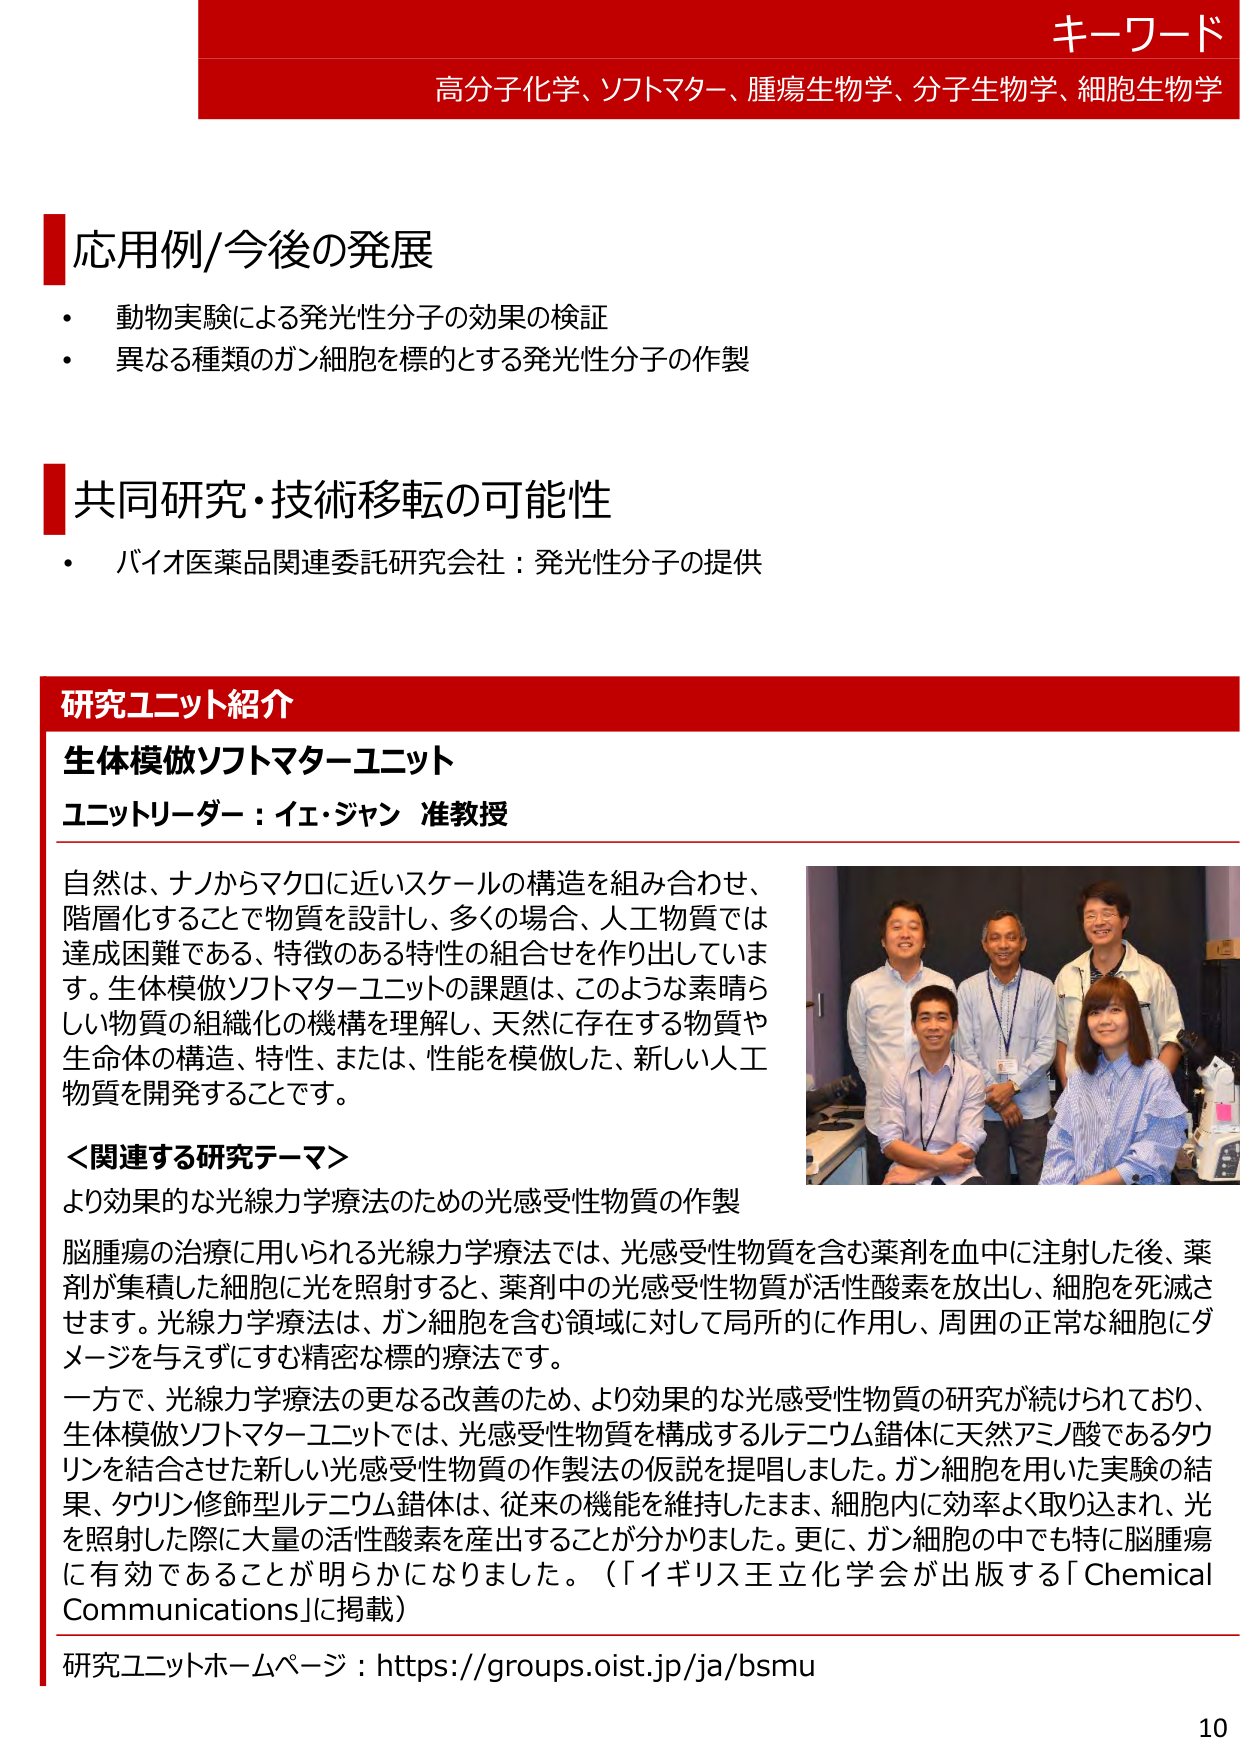
キーワード
高分子化学、ソフトマター、腫瘍生物学、分子生物学、細胞生物学

応用例/今後の発展
・ 動物実験による発光性分子の効果の検証
・ 異なる種類のガン細胞を標的とする発光性分子の作製

共同研究・技術移転の可能性
・ バイオ医薬品関連委託研究会社：発光性分子の提供

研究ユニット紹介
生体模倣ソフトマターユニット
ユニットリーダー：イェ・ジャン 准教授

自然は、ナノからマクロに近いスケールの構造を組み合わせ、
階層化することで物質を設計し、多くの場合、人工物質では
達成困難である、特徴のある特性の組合せを作り出していま
す。生体模倣ソフトマターユニットの課題は、このような素晴ら
しい物質の組織化の機構を理解し、天然に存在する物質や
生命体の構造、特性、または、性能を模倣した、新しい人工
物質を開発することです。

＜関連する研究テーマ＞
より効果的な光線力学療法のための光感受性物質の作製

脳腫瘍の治療に用いられる光線力学療法では、光感受性物質を含む薬剤を血中に注射した後、薬
剤が集積した細胞に光を照射すると、薬剤中の光感受性物質が活性酸素を放出し、細胞を死滅さ
せます。光線力学療法は、ガン細胞を含む領域に対して局所的に作用し、周囲の正常な細胞にダ
メージを与えずにすむ精密な標的療法です。

一方で、光線力学療法の更なる改善のため、より効果的な光感受性物質の研究が続けられており、
生体模倣ソフトマターユニットでは、光感受性物質を構成するルテニウム錯体に天然アミノ酸であるタウ
リンを結合させた新しい光感受性物質の作製法の仮説を提唱しました。ガン細胞を用いた実験の結
果、タウリン修飾型ルテニウム錯体は、従来の機能を維持したまま、細胞内に効率よく取り込まれ、光
を照射した際に大量の活性酸素を産出することが分かりました。更に、ガン細胞の中でも特に脳腫瘍
に有効であることが明らかになりました。（「イギリス王立化学会が出版する「Chemical
Communications」に掲載）

研究ユニットホームページ：https://groups.oist.jp/ja/bsmu

10